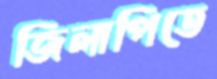
জিলাপিতে